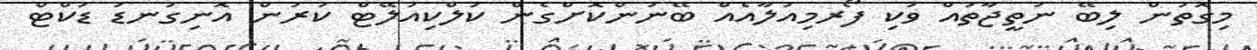
މިގޮތުން ލިބޭ ނަތީޖާތައް ވަކި ފޯރމިއުލާއެއް ބޭނުންކޮށްގެން ކަލްކިއުލޭޓް ކުރުން އޮނިގަނޑު ޑަކްޓް